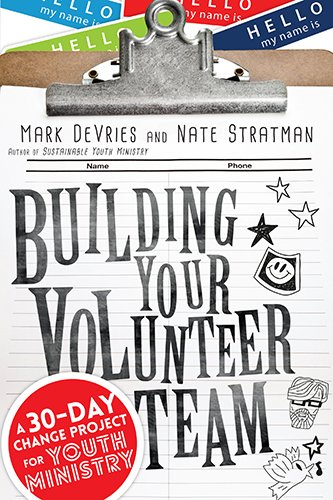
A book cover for Building Your Volunteer Team: A 30-Day Change Project for Youth Ministry; Mark DeVries; Business & Money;